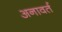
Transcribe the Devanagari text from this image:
अनावर्त